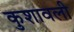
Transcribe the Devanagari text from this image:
कुशावली